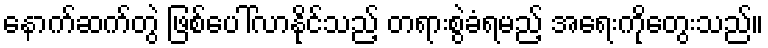
နောက်ဆက်တွဲ ဖြစ်ပေါ်လာနိုင်သည့် တရားစွဲခံရမည့် အရေးကိုတွေးသည်။